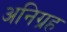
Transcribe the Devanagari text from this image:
अनिग्रह